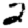
Digit: 2